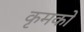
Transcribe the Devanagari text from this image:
कृमकों